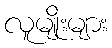
လူမျိုးများ